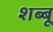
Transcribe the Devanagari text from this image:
शब्बू